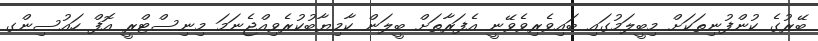
ބޭރުގެ ކުންފުނިތަކަށް މިބީލަމުގައި ބައިވެރިވެވޭނީ އެފަރާތަށް ބީލަން ކާމިޔާބުކުރެވިއްޖެނަމަ މިނިސްޓްރީ އޮފް ހައުސިންގ